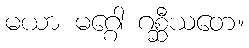
မယာ မဂ္ဂေါ ဂစ္ဆီယတေ။